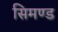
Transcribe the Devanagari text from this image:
सिमण्ड